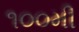
૧૦૦મી